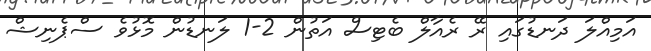
އަމިއްލަ ދަނޑުގައި ރޭ ރެއާލް ބެޓިސް އަތުން 2-1 ލަނޑުން މޮޅުވެ ސްޕެނިޝް